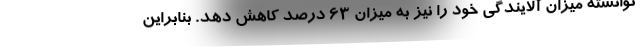
توانسته میزان آلایندگی خود را نیز به میزان 63 درصد کاهش دهد. بنابراین